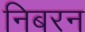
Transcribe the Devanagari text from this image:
निबरन